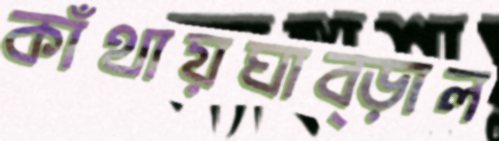
কাঁথায়ঘাব্‌ড়াল